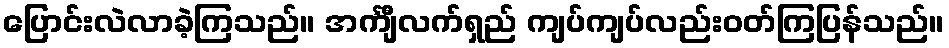
ပြောင်းလဲလာခဲ့ကြသည်။ အင်္ကျီလက်ရှည် ကျပ်ကျပ်လည်းဝတ်ကြပြန်သည်။